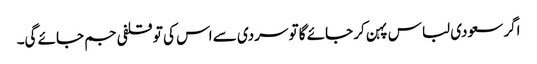
اگر سعودی لباس پہن کر جائے گا تو سردی سے اس کی تو قلفی جم جائے گی۔